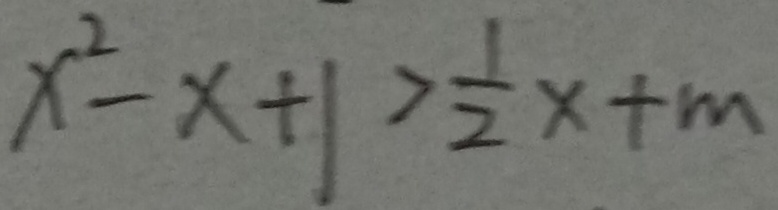
x ^ { 2 } - x + 1 > \frac { 1 } { 2 } x + m